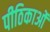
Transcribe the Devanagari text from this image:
पीठिकाओं